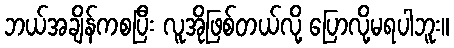
ဘယ်အချိန်ကစပြီး လူအိုဖြစ်တယ်လို့ ပြောလို့မရပါဘူး။